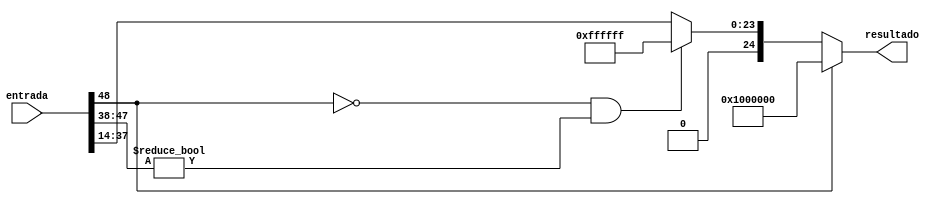
`timescale 1ns / 1ps
//////////////////////////////////////////////////////////////////////////////////
// Company: 
// 
// Design Name: 
// Module Name:    Truncamiento 
// Project Name: 
// Target Devices: 
// Tool versions: 
// Description: 
//
// Dependencies: 
//
// Revision: 
// Revision 0.01 - File Created
// Additional Comments: 
//
//////////////////////////////////////////////////////////////////////////////////
module Truncamiento #(parameter N = 25, parameter F = 14 /* Valor de N*/)(
	/*input wire signed [2*N-1:0] entrada,
	output wire signed [N-1:0] resultado
	//output wire [N-1:0] NADA
	//input wire Ban_List
   );

reg [N-1:0] Trunk;

initial
begin
Trunk = 0;
end
	
	parameter 			//Parte de magnitud salida
	MA = 5,
	MB = 10,
	FA = 14,
	FB = 19;
	
	localparam[2*N-3:FB+FA+MB]
	COM_A = ~0,
	COM_B = 0;
	
	localparam[N-2:0]
	Sat_A = 0,
	Sat_B = ~0;
	

	always@*
	begin
	
				if (entrada[2*N-2] == 1 && entrada[2*N-3:FB+FA+MB] == COM_A)
				begin
					Trunk[N-1] = entrada[2*N-2];
					Trunk[N-2:FA] = entrada[(FA+FB+MB)-1:FA+FB];
					Trunk[FA-1:0] = entrada[(FA+FB)-1:FB];	
				end
				else if(entrada[2*N-2] == 0 && ~(entrada[2*N-3:FB+FA+MB] == COM_B))
					begin
						Trunk[N-1] = 1'b0;
						Trunk[N-2:0] = Sat_B;
					end
				
				else if(entrada[2*N-2] == 0 && entrada[2*N-3:FB+FA+MB] == COM_B)
				begin
					Trunk[N-1] = entrada[2*N-2];
					Trunk[N-2:FA] = entrada[(FA+FB+MB)-1:FA+FB];
					Trunk[FA-1:0] = entrada[(FA+FB)-1:FB];
				end
				else 
					begin
						Trunk[N-1] = 1'b1;
						Trunk[N-2:0] = Sat_A;
					end
		
	end

assign resultado = Trunk;
//assign NADA[N-1] = entrada[2*N-1];
//assign NADA[FB-1:0] = entrada[FB-1:0];	
//assign NADA[N-2:FB] = entrada[2*N-3:FA+FB+MB];

endmodule*/

/*
module Truncador( */

 input wire signed [2*N-1:0] entrada,
 output wire signed [N-1:0] resultado
);

 //FORMATO DEL LA PALABRA A TRUNCAR = S1 S2 P1 P2 F1 F2
parameter para0 = {(N-F){1'b0}};
parameter para1 = {(N-F){1'b1}};

//parameter para2 = {(2*(N-F)-1){1'b1}};

//parameter suma = {1'b1,{(F){1'b0}}};

parameter f1 = 2*F-1; // MSB de f1
parameter s1 = 2*N-1; // Bit de s1
parameter s2 = 2*N-2; // Bit de s2
parameter p = N-F-1; // Parte Entera
parameter p1 = N+F-1; // LSB de p1
parameter p2 = N+F-2; // MSB de p2

/*wire [2*N-1:0] numero;

assign numero = (entrada[N-2]==1 && entrada[s2:F] != para2)
					? {entrada + suma}:
					   entrada;*/
						
assign resultado = (entrada[s2] == 1 && entrada[s2-1:p1] != para1)   // si el signo es negativo y NO todos los bits de s2 y p1 son 1 entonces 
						? {entrada[s2],{(p+F){1'b0}}}:                // hay overflow y se asigna el valor ms negativo
						(entrada[s2]==0 && entrada[s2-1:p1] != para0)	   //si el signo es positivo y NO todos los bits de s2 y p1 son 0 entonces 	
						? {entrada[s2],{(p+F){1'b1}}}:                //hay overflow y se asigna el valor ms positivo
						{entrada[s2],entrada[p2:F]}; // si no se dan esas condiciones, entonces el truncamiento si se puede realizar sin
																				   //sin necesidad de limitarlo porque no hay overflow
endmodule